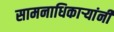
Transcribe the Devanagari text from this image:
सामनाधिकार्‍यांनी